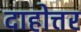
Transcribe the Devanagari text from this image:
दाहोत्तर